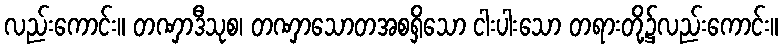
လည်းကောင်း။ တဏှာဒီသုစ၊ တဏှာသောတအစရှိသော ငါးပါးသော တရားတို့၌လည်းကောင်း။